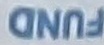
FOUND